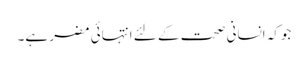
جوکہ انسانی صحت کے لئے انتہائی مضر ہے۔